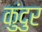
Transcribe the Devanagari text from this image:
कुंदुर